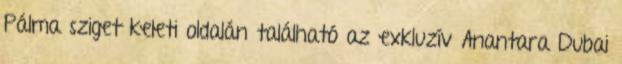
Pálma sziget keleti oldalán található az exkluzív Anantara Dubai